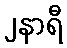
၂နာရီ